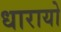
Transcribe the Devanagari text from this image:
धारायो